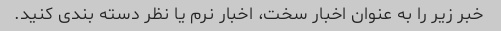
خبر زیر را به عنوان اخبار سخت، اخبار نرم یا نظر دسته بندی کنید.